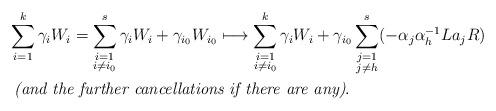
LaTeX: \begin{align*}&\sum_{i = 1}^k \gamma_i W_i = \sum_{\substack{i = 1 \\ i \neq i_0}}^s \gamma_i W_i + \gamma_{i_0} W_{i_0} \longmapsto \sum_{\substack{i = 1 \\ i \neq i_0}}^k \gamma_i W_i + \gamma_{i_0} \sum_{\substack{j = 1 \\ j \neq h}}^s (-\alpha_j\alpha_h^{-1} La_jR)\\&\textit{ (and the further cancellations if there are any)}.\end{align*}